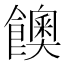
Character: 𩟇